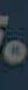
.